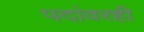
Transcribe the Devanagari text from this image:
पदांवरही